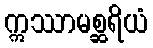
ဣဿာမစ္ဆရိယံ